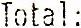
TOTAL: